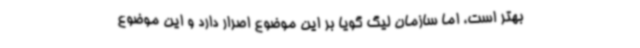
بهتر است، اما سازمان لیگ گویا بر این موضوع اصرار دارد و این موضوع